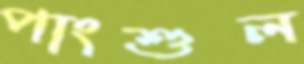
পাংশুল